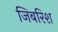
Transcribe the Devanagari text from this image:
जिबरिश